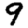
Digit: 9